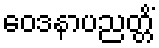
ဝေဒနာပညတ္တိံ